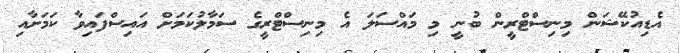
އެޑިއުކޭޝަން މިނިސްޓްރީން ބުނީ މި މައްސަލަ އެ މިނިސްޓްރީގެ ސަމާލުކަމަށް އައިސްފައިވާ ކަމަށާއި